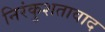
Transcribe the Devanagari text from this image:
निरंकुशतावाद